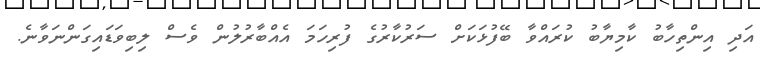
އަދި އިންތިހާބު ކާމިޔާބު ކުރައްވާ ބޭފުޅަކަށް ސަރުކާރުގެ ފުރިހަމަ އެއްބާރުލުން ވެސް ލިބިވަޑައިގަންނަވާނެ.